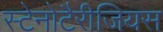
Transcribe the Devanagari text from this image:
स्टेनोटैरीजियस